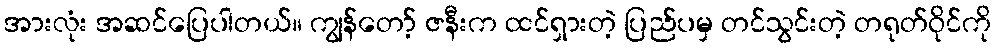
အားလုံး အဆင်ပြေပါတယ်။ ကျွန်တော့် ဇနီးက ထင်ရှားတဲ့ ပြည်ပမှ တင်သွင်းတဲ့ တရုတ်ဝိုင်ကို